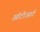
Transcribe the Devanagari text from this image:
ऑटोआर्ट